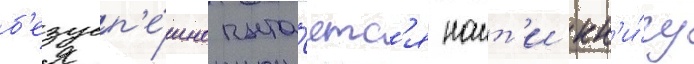
б'езусп'е́шно пыта́етс'я наит'и кн'и́гу